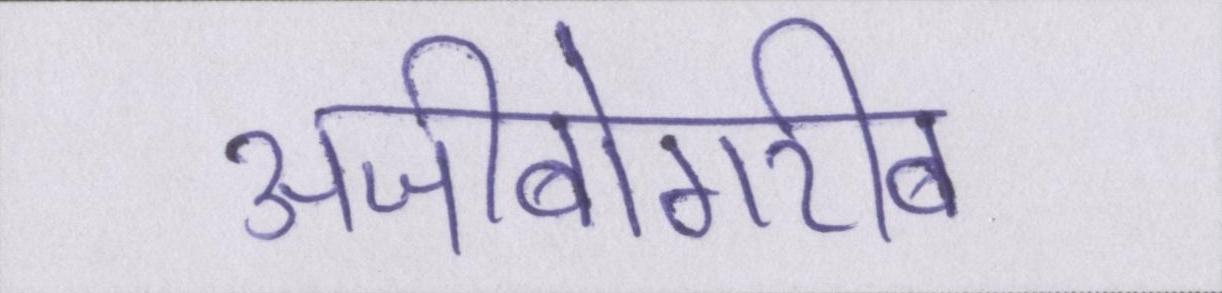
अजीबोगरीब